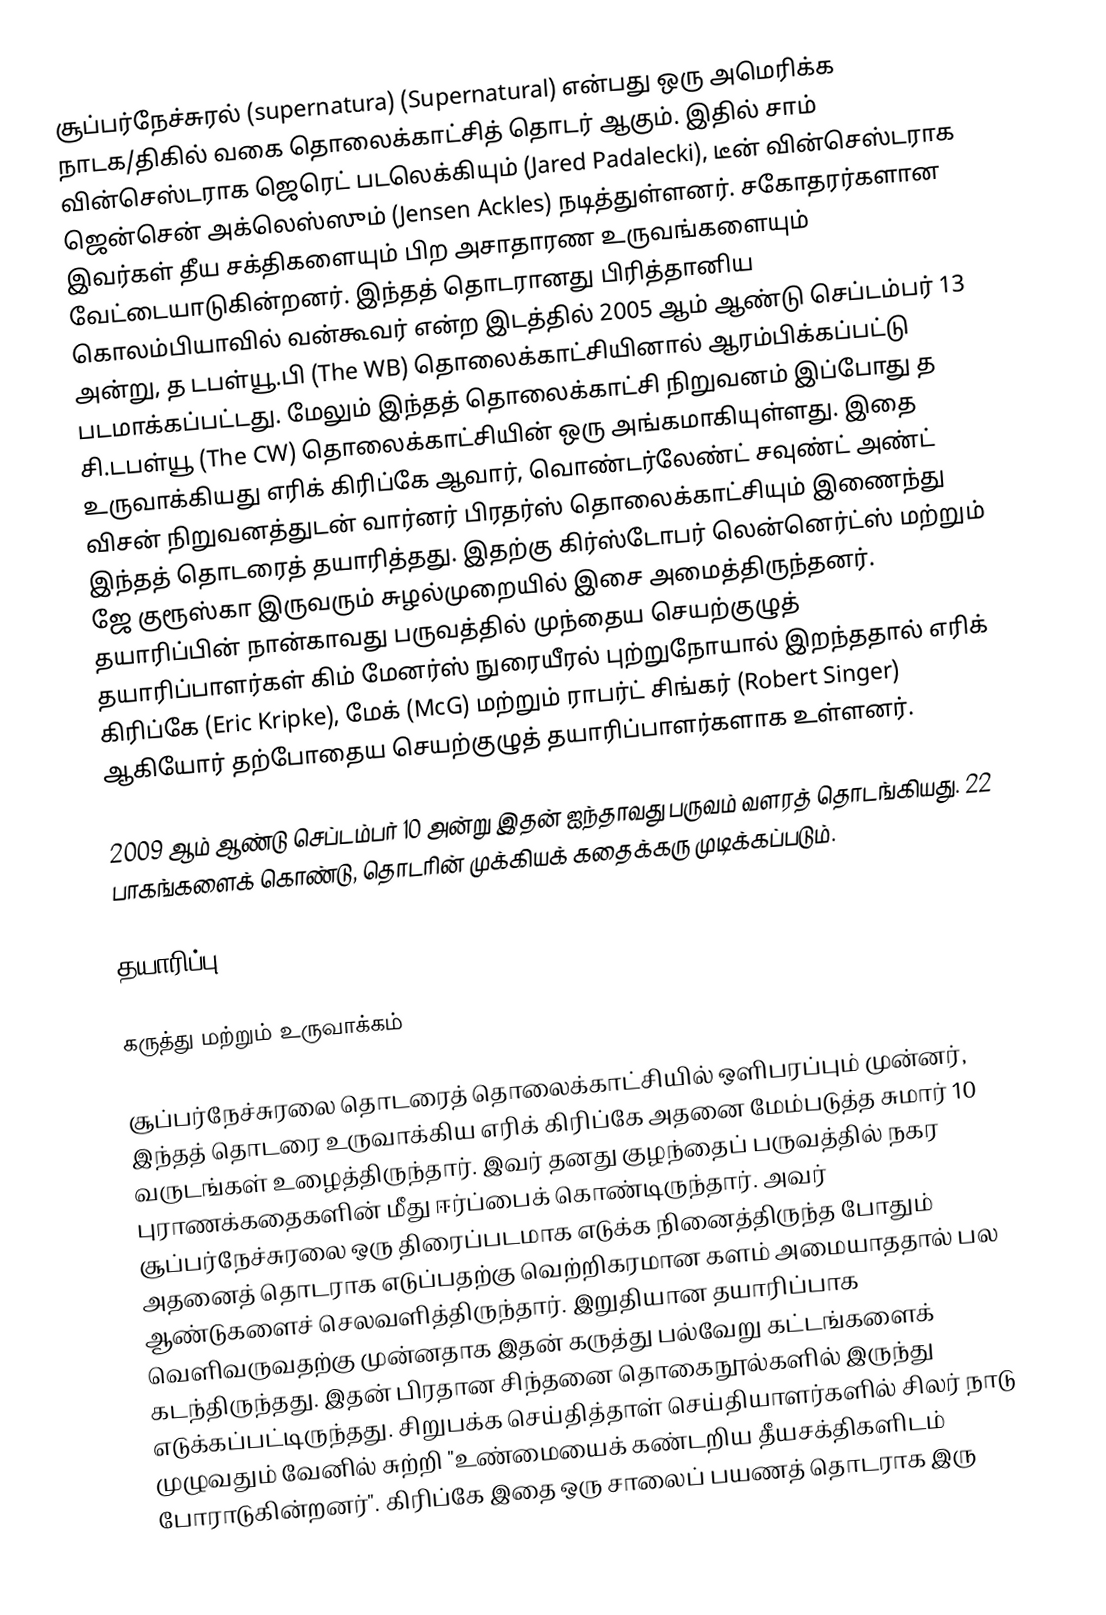
சூப்பர்நேச்சுரல் (supernatura) (Supernatural) என்பது ஒரு அமெரிக்க நாடக/திகில் வகை தொலைக்காட்சித் தொடர் ஆகும். இதில் சாம் வின்செஸ்டராக ஜெரெட் படலெக்கியும் (Jared Padalecki), டீன் வின்செஸ்டராக ஜென்சென் அக்லெஸ்ஸும் (Jensen Ackles) நடித்துள்ளனர். சகோதரர்களான இவர்கள் தீய சக்திகளையும் பிற அசாதாரண உருவங்களையும் வேட்டையாடுகின்றனர். இந்தத் தொடரானது பிரித்தானிய கொலம்பியாவில் வன்கூவர் என்ற இடத்தில் 2005 ஆம் ஆண்டு செப்டம்பர் 13 அன்று, த டபள்யூ.பி (The WB) தொலைக்காட்சியினால் ஆரம்பிக்கப்பட்டு படமாக்கப்பட்டது. மேலும் இந்தத் தொலைக்காட்சி நிறுவனம் இப்போது த சி.டபள்யூ (The CW) தொலைக்காட்சியின் ஒரு அங்கமாகியுள்ளது. இதை உருவாக்கியது எரிக் கிரிப்கே ஆவார், வொண்டர்லேண்ட் சவுண்ட் அண்ட் விசன் நிறுவனத்துடன் வார்னர் பிரதர்ஸ் தொலைக்காட்சியும் இணைந்து இந்தத் தொடரைத் தயாரித்தது. இதற்கு கிர்ஸ்டோபர் லென்னெர்ட்ஸ் மற்றும் ஜே குரூஸ்கா இருவரும் சுழல்முறையில் இசை அமைத்திருந்தனர். தயாரிப்பின் நான்காவது பருவத்தில் முந்தைய செயற்குழுத் தயாரிப்பாளர்கள் கிம் மேனர்ஸ் நுரையீரல் புற்றுநோயால் இறந்ததால் எரிக் கிரிப்கே (Eric Kripke), மேக் (McG) மற்றும் ராபர்ட் சிங்கர் (Robert Singer) ஆகியோர்  தற்போதைய செயற்குழுத் தயாரிப்பாளர்களாக உள்ளனர்.

2009 ஆம் ஆண்டு செப்டம்பர் 10 அன்று இதன் ஐந்தாவது பருவம் வளரத் தொடங்கியது. 22 பாகங்களைக் கொண்டு, தொடரின் முக்கியக் கதைக்கரு முடிக்கப்படும்.

தயாரிப்பு

கருத்து மற்றும் உருவாக்கம்

சூப்பர்நேச்சுரலை தொடரைத் தொலைக்காட்சியில் ஒளிபரப்பும் முன்னர், இந்தத் தொடரை உருவாக்கிய எரிக் கிரிப்கே அதனை மேம்படுத்த சுமார் 10 வருடங்கள் உழைத்திருந்தார். இவர் தனது குழந்தைப் பருவத்தில் நகர புராணக்கதைகளின் மீது ஈர்ப்பைக் கொண்டிருந்தார். அவர் சூப்பர்நேச்சுரலை ஒரு திரைப்படமாக எடுக்க நினைத்திருந்த போதும் அதனைத் தொடராக எடுப்பதற்கு வெற்றிகரமான களம் அமையாததால் பல ஆண்டுகளைச் செலவளித்திருந்தார். இறுதியான தயாரிப்பாக வெளிவருவதற்கு முன்னதாக இதன் கருத்து பல்வேறு கட்டங்களைக் கடந்திருந்தது. இதன் பிரதான சிந்தனை தொகைநூல்களில் இருந்து எடுக்கப்பட்டிருந்தது. சிறுபக்க செய்தித்தாள் செய்தியாளர்களில் சிலர் நாடு முழுவதும் வேனில் சுற்றி "உண்மையைக் கண்டறிய தீயசக்திகளிடம் போராடுகின்றனர்". கிரிப்கே இதை ஒரு சாலைப் பயணத் தொடராக இரு